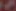
2